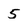
Character: 5